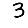
Digit: 3